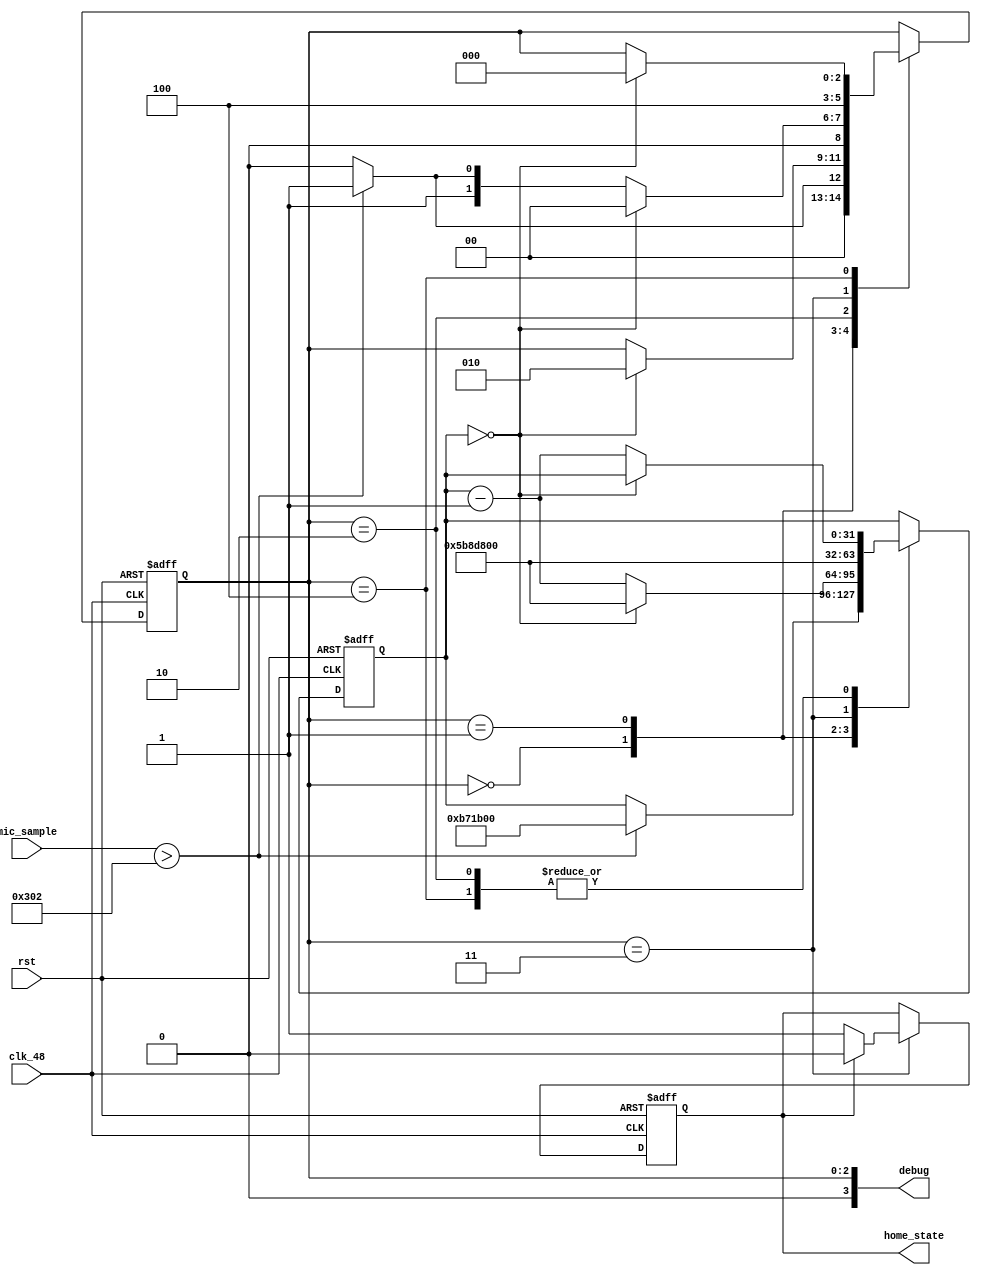
module Claps(
	input clk_48,
	input rst,
	input [9:0] mic_sample,
	output reg home_state,			// 1 if light should be on, 0 if not on
	output [3:0] debug
);
	
	// State variables
	reg [2:0] state, state_d;
	reg [2:0] state_after, state_after_d;
	reg [31:0] delay, delay_d;
	reg home_state_d;
	
//	initial begin
//	home_state <= 0;
//	end
	
	localparam THRESHOLD = 10'd770; // (770/1023)
	localparam DELAY_SIM = 32'h4;
	localparam DELAY_QUARTERSEC = 32'hB71B00; // 12 million (48 mhz / 4 = 12 mill)
	localparam DELAY_2SEC = 32'h5B8D800; // 96 million (double 48 Mhz, so 2 seconds)
	
	localparam WAIT_CLAP1 = 3'd0,
					DELAY_CLAP2 = 3'd1,
					WAIT_CLAP2 = 3'd2,
					TOGGLE_STATE = 3'd3,
					DELAY_RESET = 3'd4;
					
	assign debug = state;
	
	// sequential logic
	always @ (posedge clk_48 or posedge rst) begin
		if(rst) begin
			state <= WAIT_CLAP1;
			state_after <= WAIT_CLAP1;
			delay <= 32'h0;
			home_state <= 1'b0;
		end else begin
			state <= state_d;
			state_after <= state_after_d;
			delay <= delay_d;
			home_state <= home_state_d;
		end
	end
	
	// combinational logic
	always @ (*) begin
		// set previous values
		state_d = state;
		state_after_d = state_after;
		delay_d = delay;
		home_state_d = home_state;
		
		case(state)
			WAIT_CLAP1: begin
				if(mic_sample > THRESHOLD) begin
					state_d = DELAY_CLAP2;
					delay_d = DELAY_QUARTERSEC; // set up for delay
				end else
					state_d = WAIT_CLAP1;
			end
			DELAY_CLAP2: begin
				if(delay == 32'b0) begin
					state_d = WAIT_CLAP2;
					delay_d = DELAY_2SEC; // set up for delay
				end else
					delay_d = delay - 1'b1;
			end
			WAIT_CLAP2: begin
				if(delay == 32'b0) begin
					state_d = WAIT_CLAP1; // took too long for second clap
				end else begin
					delay_d = delay - 1'b1;
					if(mic_sample > THRESHOLD)
						state_d = TOGGLE_STATE;
					else
						state_d = WAIT_CLAP2;
				end
			end
			TOGGLE_STATE: begin
				state_d = DELAY_RESET;
				delay_d = DELAY_2SEC;
				
				if(home_state == 1'b1)
					home_state_d = 1'b0;
				else
					home_state_d = 1'b1;
			end
			DELAY_RESET: begin
				if(delay == 32'b0)
					state_d = WAIT_CLAP1;
				else
					delay_d = delay - 1'b1;
			end
		endcase
	end

endmodule